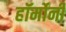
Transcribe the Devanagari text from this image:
हॉर्मोनी